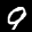
Label: 9